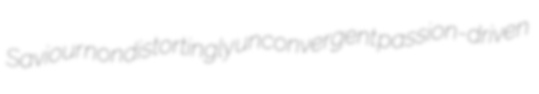
Saviour nondistortingly unconvergent passion-driven